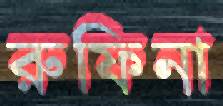
রুফিনা